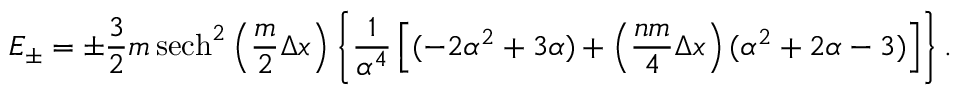
E _ { \pm } = \pm \frac { 3 } { 2 } m \, \mathrm { s e c h } ^ { 2 } \left( \frac { m } { 2 } \Delta x \right) \left\{ \frac { 1 } { \alpha ^ { 4 } } \left[ ( - 2 \alpha ^ { 2 } + 3 \alpha ) + \left( \frac { n m } { 4 } \Delta x \right) ( \alpha ^ { 2 } + 2 \alpha - 3 ) \right] \right\} .